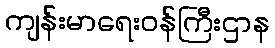
ကျန်းမာရေးဝန်ကြီးဌာန